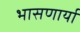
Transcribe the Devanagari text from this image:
भासणार्या